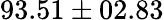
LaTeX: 93.51\pm 02.83